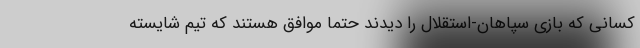
کسانی که بازی سپاهان-استقلال را دیدند حتماً موافق هستند که تیم شایسته